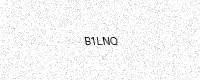
Text: B1LNQ